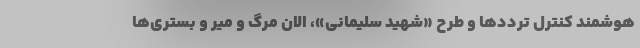
هوشمند کنترل ترددها و طرح «شهید سلیمانی»، الان مرگ و میر و بستری‌ها